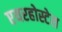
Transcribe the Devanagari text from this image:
एयरहोस्टेस